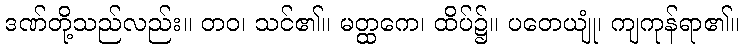
ဒဏ်တို့သည်လည်း။ တဝ၊ သင်၏။ မတ္ထကေ၊ ထိပ်၌။ ပတေယျုံ၊ ကျကုန်ရာ၏။